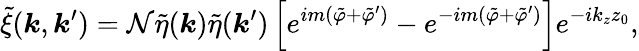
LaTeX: \tilde{\xi}(\boldsymbol{k},\boldsymbol{k}^{\prime})=\mathcal{N}\tilde{\eta}(\boldsymbol{k})\tilde{\eta}(\boldsymbol{k}^{\prime})\left[e^{im(\tilde{\varphi}+\tilde{\varphi}^{\prime})}-e^{-im(\tilde{\varphi}+\tilde{\varphi}^{\prime})}\right]e^{-ik_{z}z_{0}},